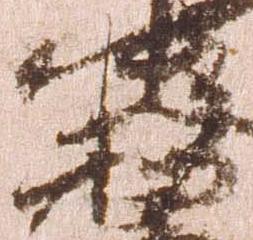
務